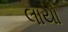
લાયો